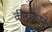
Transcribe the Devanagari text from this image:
कीचकाने